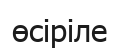
өсіріле